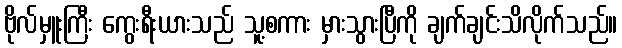
ဗိုလ်မှူးကြီး ကွေးရီးယားသည် သူ့စကား မှားသွားပြီကို ချက်ချင်းသိလိုက်သည်။